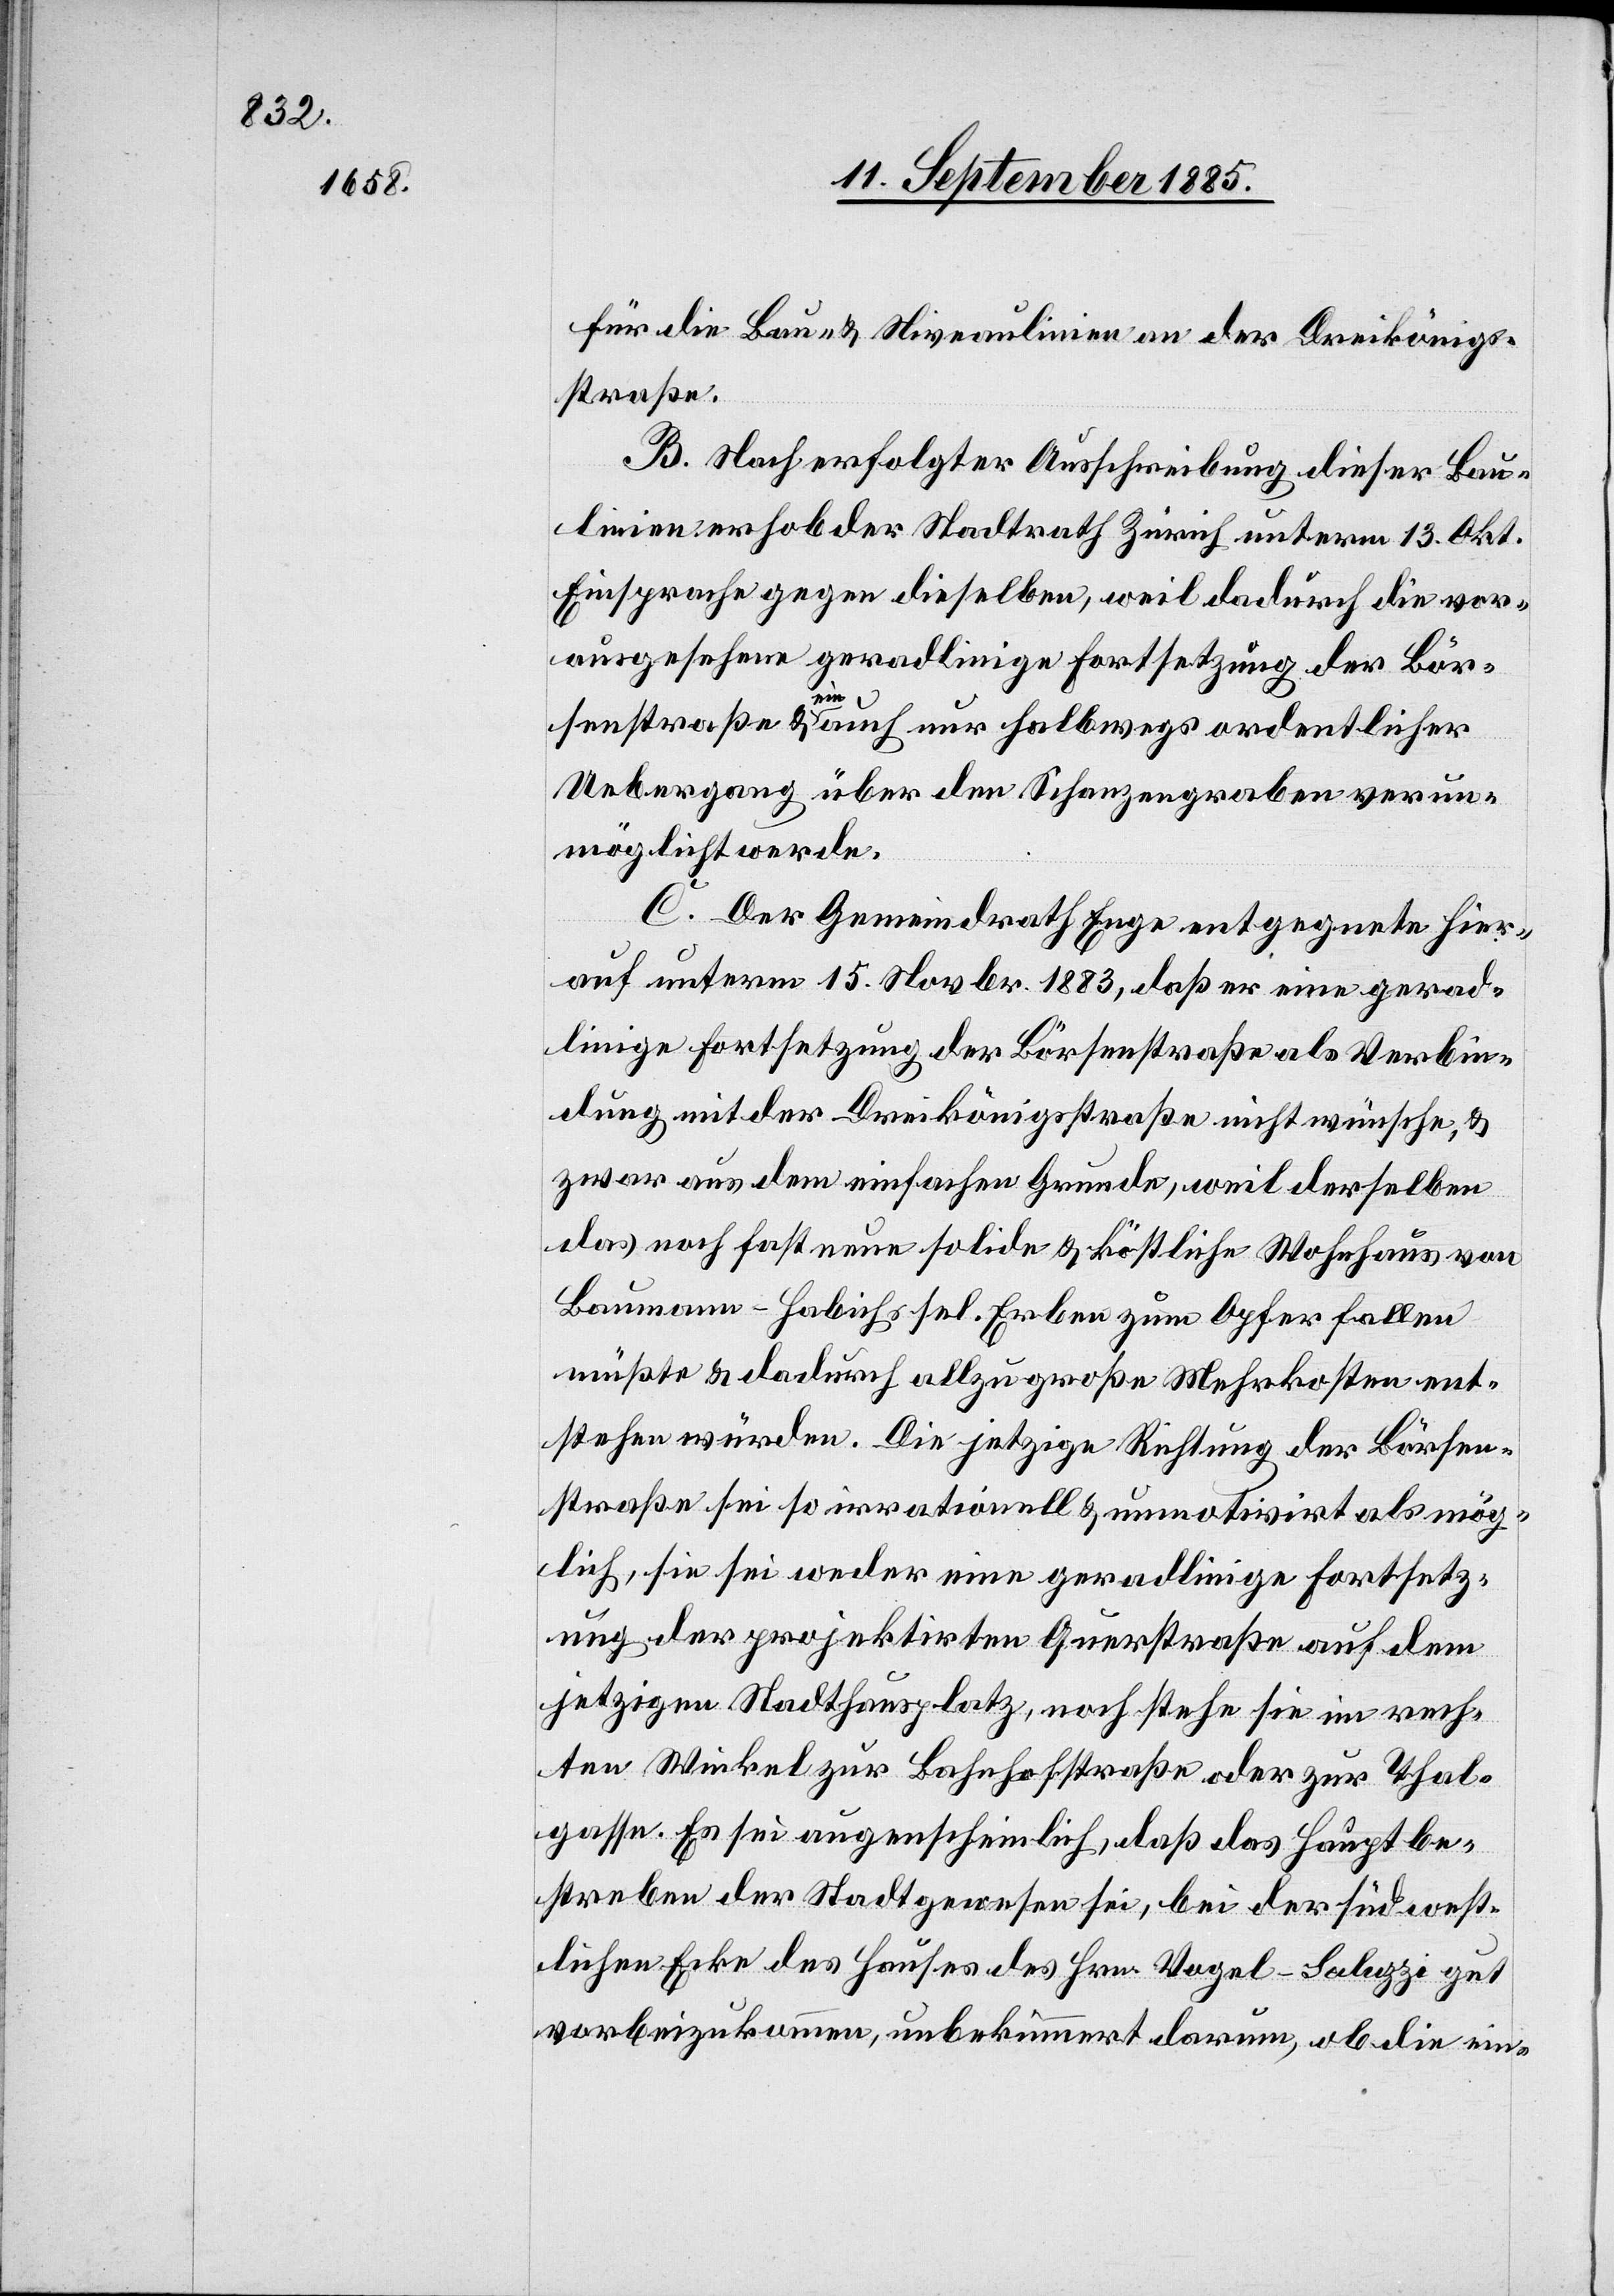
für die Bau- & Niveaulinien an der Dreikönigs¬
straße
B. Nach erfolgter Ausschreibung dieser Bau¬
linien erhob der Stadtrath Zürich unterm 13. Okt.
Einsprache gegen dieselben, weil dadurch die vor¬
ausgesehene geradlinige Fortsetzung der Bör¬
senstraße & a-ein-a auch nur halbwegs ordentlicher
Uebergang über den Schanzengraben verun¬
möglicht werde.
C. Der Gemeindrath Enge entgegnete hier¬
auf unterm 15. Novbr. 1883, daß er eine gerad¬
linige Fortsetzung der Börsenstraße als Verbin¬
dung mit der Dreikönigsstraße nicht wünsche, &
zwar aus dem einfachen Grunde, weil derselben
das noch fast neue solide & köstliche Wohnhaus von
Baumann-Habichs sel. Erben zum Opfer fallen
müßte & dadurch allzu große Mehrkosten ent¬
stehen würden. Die jetzige Richtung der Börsen¬
straße sei so irrationell & unmotivirt als mög¬
lich, sie sei weder eine geradlinige Fortsetz¬
ung der projektirten Querstraße auf dem
jetzigen Stadthausplatz, noch stehe sie im rech¬
ten Winkel zur Bahnhofstraße oder zur Thal¬
gasse. Es sei augenscheinlich, daß das Hauptbe¬
streben der Stadt gewesen sei, bei der südwest¬
lichen Ecke des Hauses des Hrn. Vogel-Saluzzi gut
vorbeizukommen, unbekümmert darum, ob die ein-